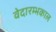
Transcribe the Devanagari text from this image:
वेदारम्भकाल